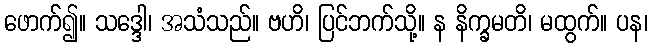
ဖောက်၍။ သဒ္ဒေါ၊ အသံသည်။ ဗဟိ၊ ပြင်ဘက်သို့။ န နိက္ခမတိ၊ မထွက်။ ပန၊